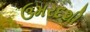
ઉમરદશી